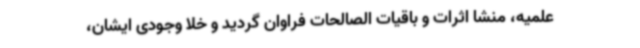
علمیه، منشا اثرات و باقیات الصالحات فراوان گردید و خلا وجودی ایشان،